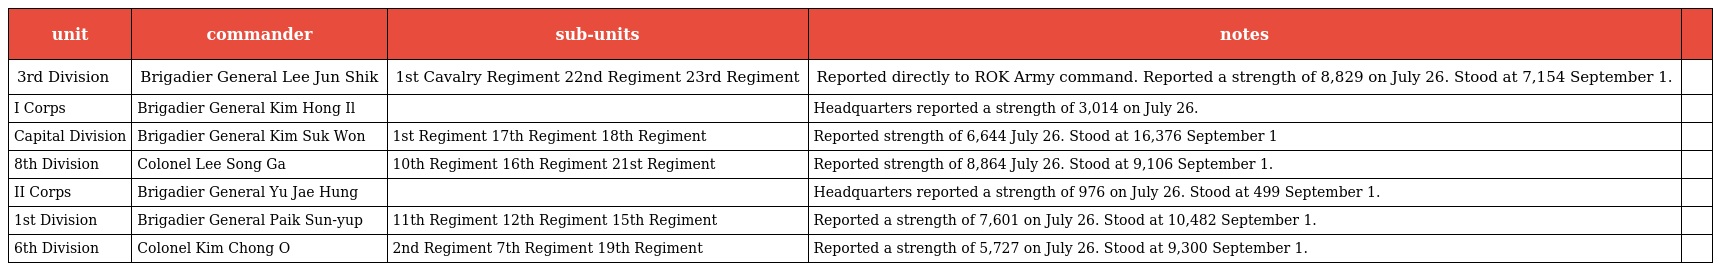
| unit | commander | sub-units | notes |  |
 | --- | --- | --- | --- | --- |
 | 3rd Division | Brigadier General Lee Jun Shik | 1st Cavalry Regiment 22nd Regiment 23rd Regiment | Reported directly to ROK Army command. Reported a strength of 8,829 on July 26. Stood at 7,154 September 1. |  |
 | I Corps | Brigadier General Kim Hong Il |  | Headquarters reported a strength of 3,014 on July 26. |  |
 | Capital Division | Brigadier General Kim Suk Won | 1st Regiment 17th Regiment 18th Regiment | Reported strength of 6,644 July 26. Stood at 16,376 September 1 |  |
 | 8th Division | Colonel Lee Song Ga | 10th Regiment 16th Regiment 21st Regiment | Reported strength of 8,864 July 26. Stood at 9,106 September 1. |  |
 | II Corps | Brigadier General Yu Jae Hung |  | Headquarters reported a strength of 976 on July 26. Stood at 499 September 1. |  |
 | 1st Division | Brigadier General Paik Sun-yup | 11th Regiment 12th Regiment 15th Regiment | Reported a strength of 7,601 on July 26. Stood at 10,482 September 1. |  |
 | 6th Division | Colonel Kim Chong O | 2nd Regiment 7th Regiment 19th Regiment | Reported a strength of 5,727 on July 26. Stood at 9,300 September 1. |  |